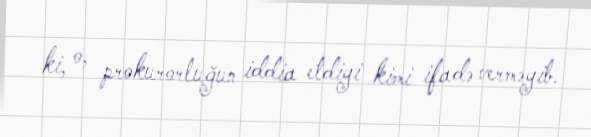
ki, o, prokurorluğun iddia etdiyi kimi ifadə verməyib.